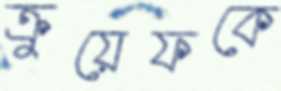
ক্রুয়েফকে